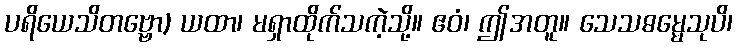
ပရိယေသိတဗ္ဗော) ယထာ၊ မရှာထိုက်သကဲ့သို့။ ဧဝံ၊ ဤအတူ။ သေသဓမ္မေသုပိ၊